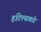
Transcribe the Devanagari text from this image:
हॉटेल्सकडे